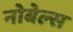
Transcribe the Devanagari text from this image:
नोबेल्स